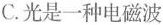
C.光是一种电磁波